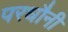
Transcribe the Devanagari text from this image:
परधौनी